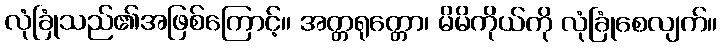
လုံခြုံသည်၏အဖြစ်ကြောင့်။ အတ္တရုတ္တော၊ မိမိကိုယ်ကို လုံခြုံစေလျက်။